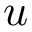
{ u }